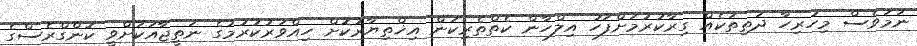
ނަމަވެސް މިހުރިހާ ދަތިތަކެއް ގިރާކުރުމަށްފަހު އިލްހާން ކެތްތެރިކަން އިޚްތިޔާރުކޮށް ހިއްވަރުކުރުމުގެ ނަތީޖާއަކަށްވީ ކޮންގްރެސްގެ